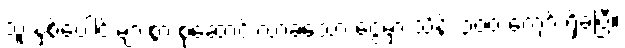
သူ နှစ်ပေါင်းများစွာ စုဆောင်းလာခဲ့သော ငွေမှာ သိန်း ၃၀၀ ကျော် ရှိခဲ့ပြီ။